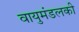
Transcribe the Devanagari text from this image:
वायुमंडलकी